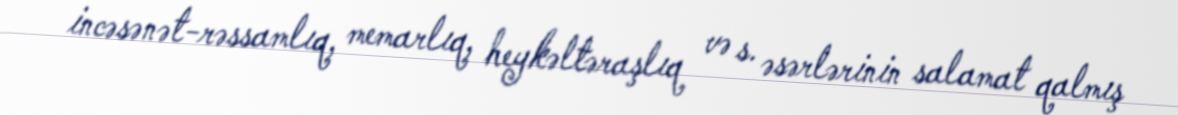
incəsənət-rəssamlıq, memarlıq, heykəltəraşlıq və s. əsərlərinin salamat qalmış